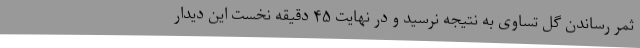
ثمر رساندن گل تساوی به نتیجه نرسید و در نهایت ۴۵ دقیقه نخست این دیدار